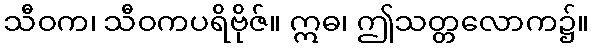
သီဝက၊ သီဝကပရိဗိုဇ်။ ဣဓ၊ ဤသတ္တလောက၌။